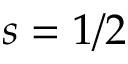
s = 1 / 2